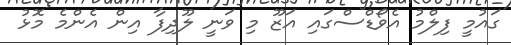
ގައުމީ ފިލްމު އެވޯޑްސްގައި އަޒޫ މި ވަނީ ލޫދިފާ އިން އެންމެ މޮޅު